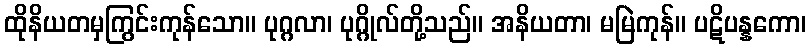
ထိုနိယတမှကြွင်းကုန်သော။ ပုဂ္ဂလာ၊ ပုဂ္ဂိုလ်တို့သည်။ အနိယတာ၊ မမြဲကုန်။ ပဋိပန္နကော၊